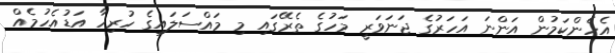
އެހެންކަމުން އަންނަ އަހަރުގެ ޖަނަވަރީ މަހުގެ ތެރޭގައި މި މައްސަލައިގެ ހުރިހާ އަޑުއެހުމެއް